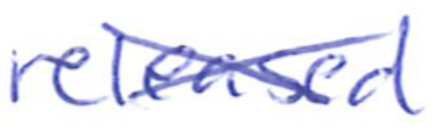
Text: released
Cross-out: cross
Writing tool: ballpoint